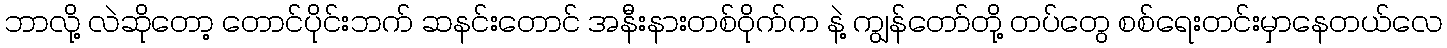
ဘာလို့ လဲဆိုတော့ တောင်ပိုင်းဘက် ဆနင်းတောင် အနီးနားတစ်ဝိုက်က နဲ့ ကျွန်တော်တို့ တပ်တွေ စစ်ရေးတင်းမှာနေတယ်လေ